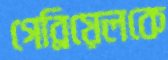
গেব্রিয়েলকে